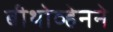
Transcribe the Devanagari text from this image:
बीथोव्हेनने